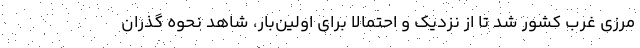
مرزي غرب كشور شد تا از نزديك و احتمالا براي اولين‌بار، شاهد نحوه گذران